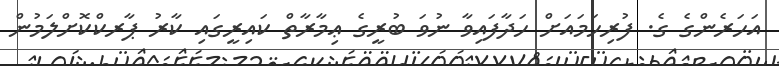
އަހަރެންގެ ގެ. ފުރިހަމައަށް ހަދާފައިވާ ނުވަ ބުރީގެ ޢިމާރާތް ކައިރީގައި ކާރު ޕާރކްކޮށްލަމުން